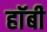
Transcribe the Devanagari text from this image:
हाॅबी